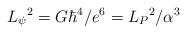
LaTeX: \begin{align*}L_{\psi}{}^{2}=G\hbar^{4}/e^6=L_{P}{}^{2}/\alpha^{3}\end{align*}